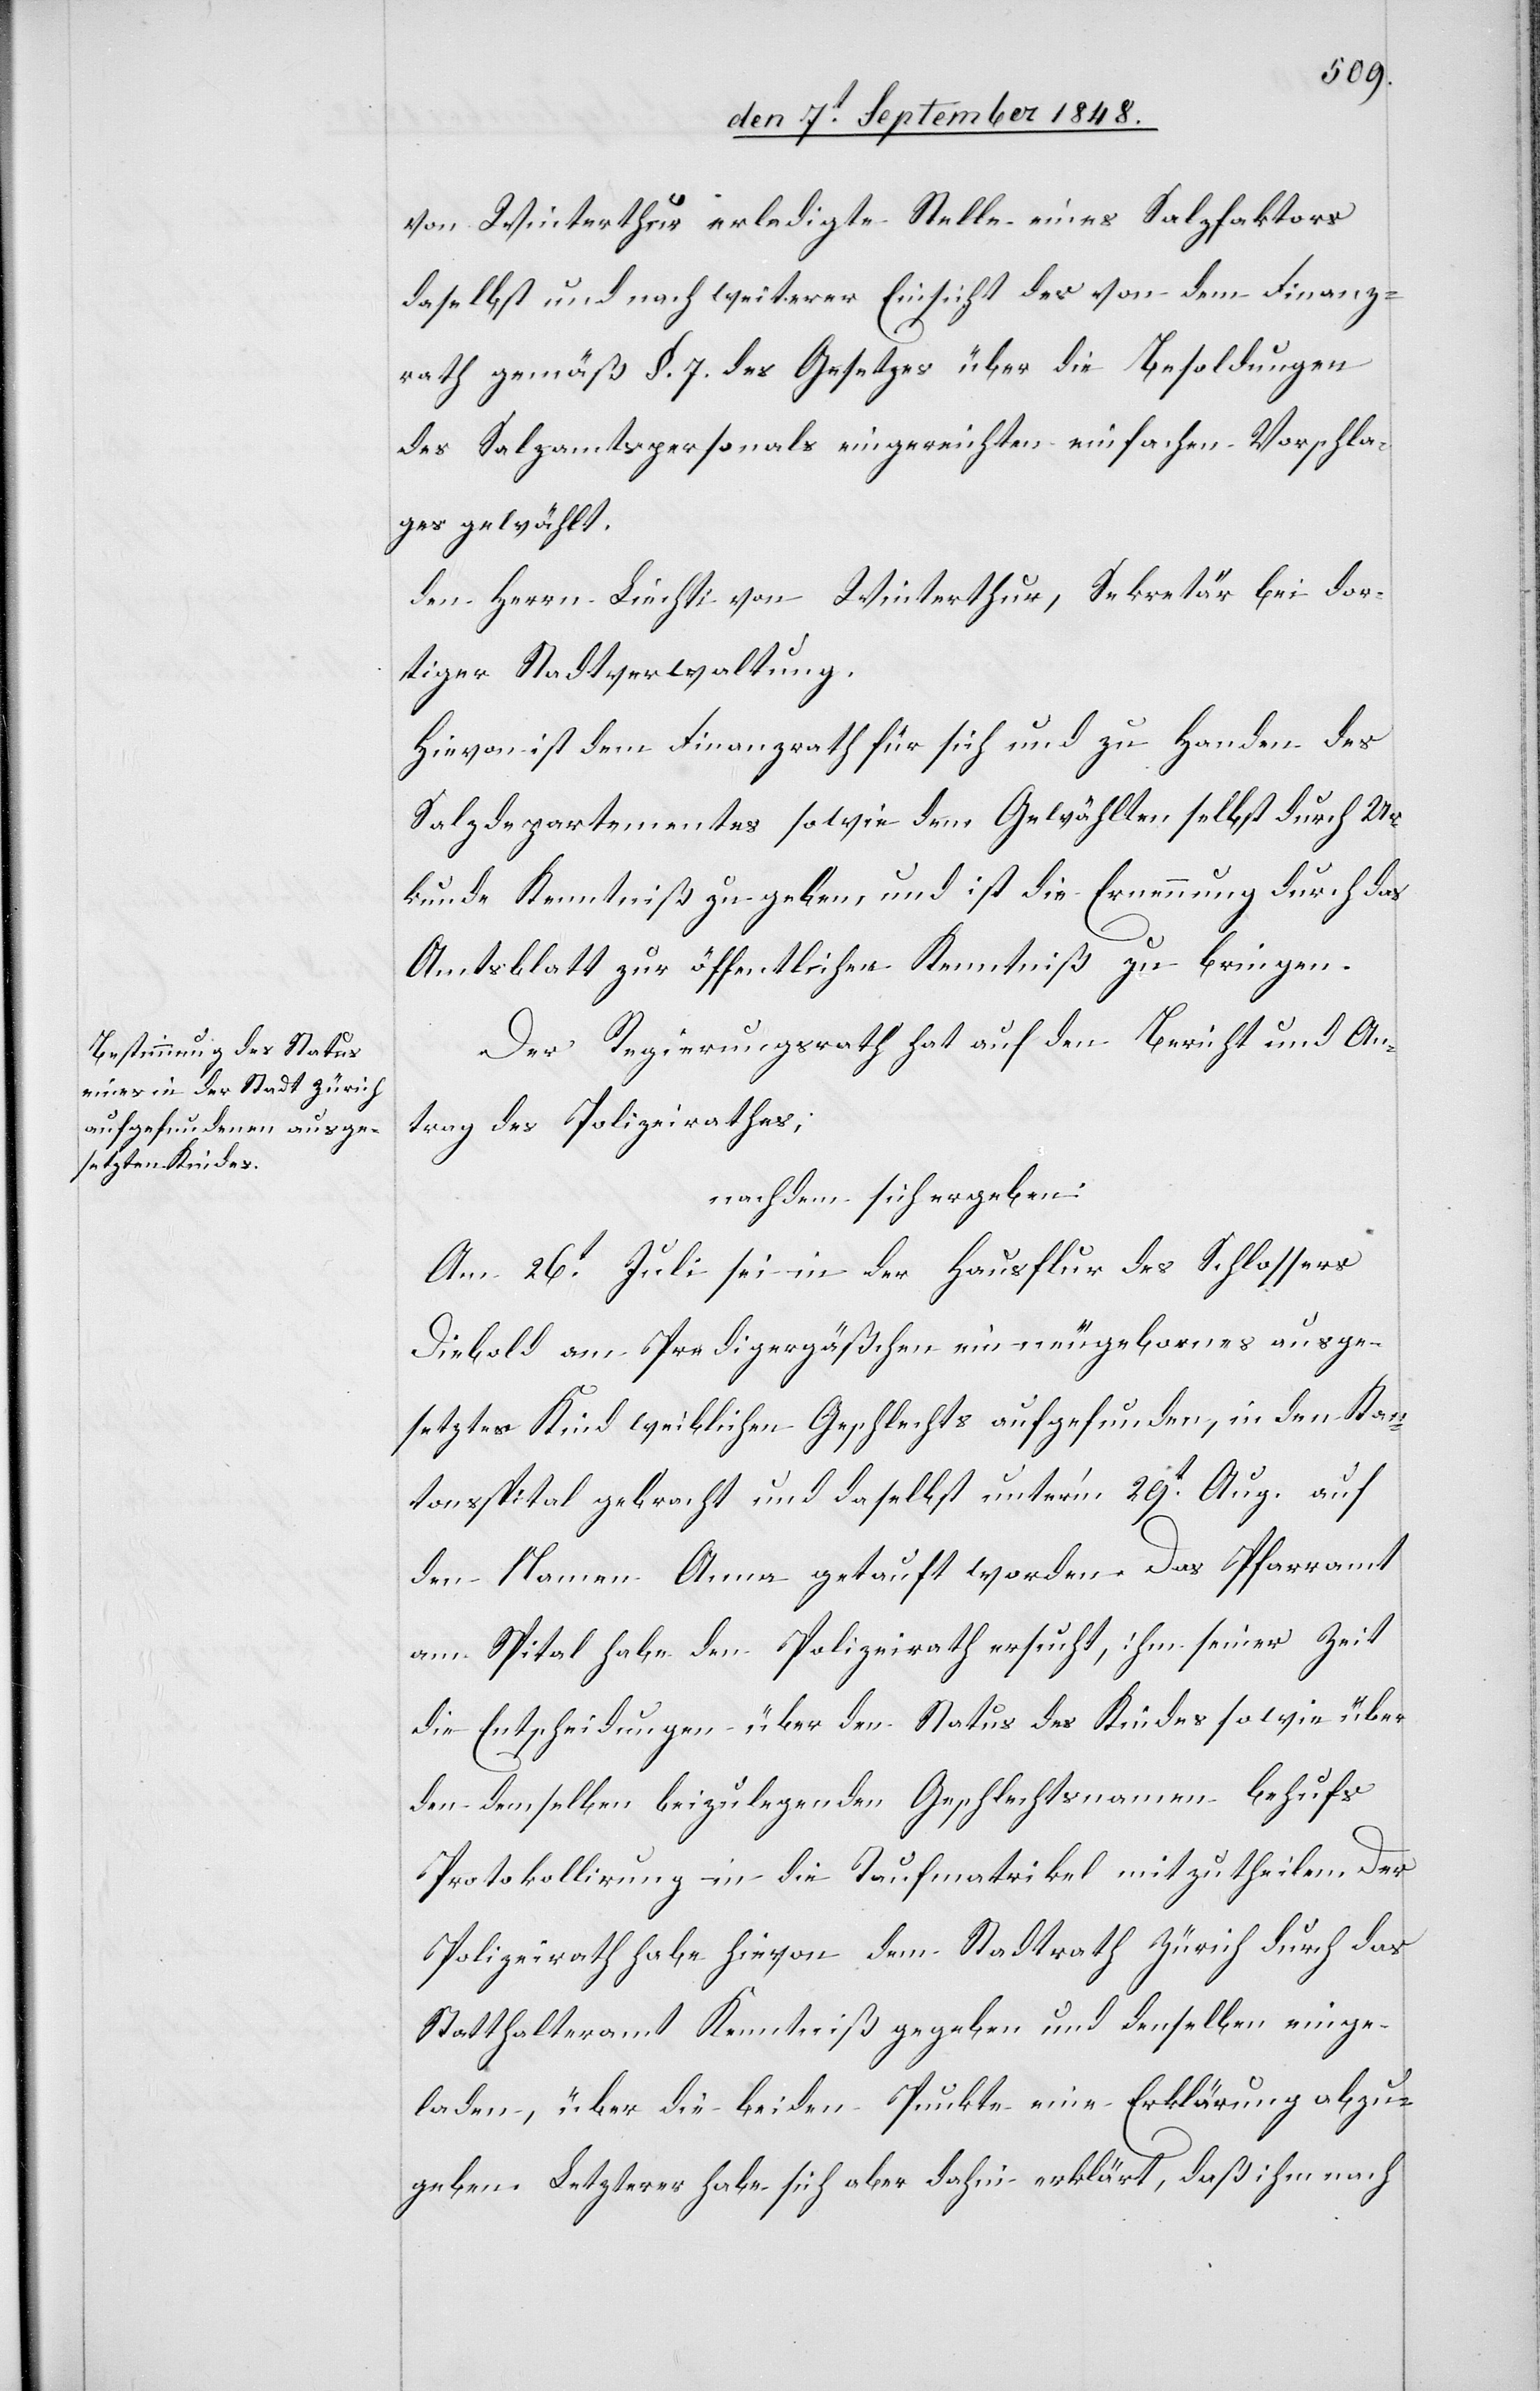
von Winterthur erledigte Stelle eines Salzfaktors
daselbst und nach weiterer Einsicht der von dem Finanz¬
rath gemäß §. 7. des Gesetzes über die Besoldungen
des Salzamtspersonals eingereichten einfachen Vorschla¬
ges gewählt
den Herrn Liechti von Winterthur, Sekretär bei dor¬
tiger Stadtverwaltung.
Hievon ist dem Finanzrath für sich und zu Handen des
Salzdepartementes sowie dem Gewählten selbst durch Ur¬
kunde Kenntniß zu geben, und ist die Ernennung durch das
Amtsblatt zur öffentlichen Kenntniß zu bringen.
Der Regierungsrath hat auf den Bericht und An¬
trag des Polizeirathes;
nachdem sich ergeben:
Am 26t Juli sei in der Hausflur des Schlossers
Diebold am Predigergäßchen ein neugebornes ausge¬
setztes Kind weiblichen Geschlechts aufgefunden, in den Kan¬
tonsspital gebracht und daselbst unter’m 29t Aug. auf
den Namen Anna getauft worden. Das Pfarramt
am Spital habe den Polizeirath ersucht, ihm seiner Zeit
die Entscheidungen über den Status des Kindes sowie über
den demselben beizulegenden Geschlechtsnamen behufs
Protokollirung in die Taufmatrikel mitzugheilen. Der
Polizeirath habe hievon dem Stadtrath Zürich durch das
Statthalteramt Kenntniß gegeben und denselben einge¬
laden, über die beiden Punkte eine Erklärung abzu¬
geben. Letzterer habe sich aber dahin erklärt, daß ihm nach